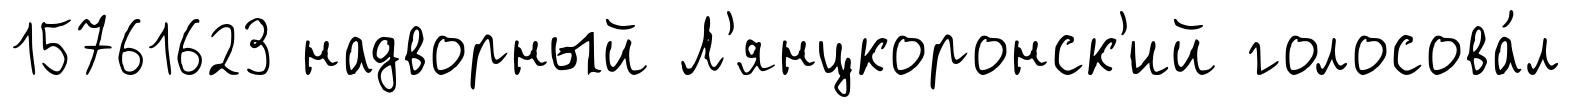
15761623 надворный Л'янцкоронск'ий голосова́л